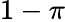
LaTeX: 1-\pi